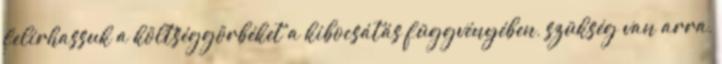
felírhassuk a költséggörbéket a kibocsátás függvényében, szükség van arra,